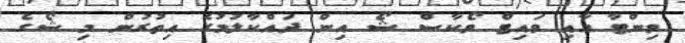
ވިންޓާ އާއި ވައިޓް ވޯކާސް ޝޯ އިން ދައްކާލުމުގެ އިތުރުން މި ޝޯގެ